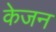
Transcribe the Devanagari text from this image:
केजन